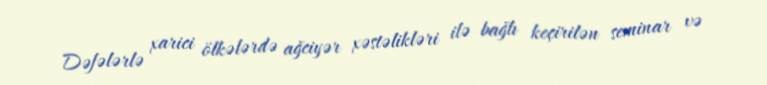
Dəfələrlə xarici ölkələrdə ağciyər xəstəlikləri ilə bağlı keçirilən seminar və